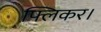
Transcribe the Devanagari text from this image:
फ्लिकर।